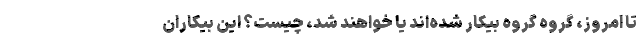
تا امروز، گروه گروه بیکار شده‌اند یا خواهند شد، چیست؟ این بیکاران